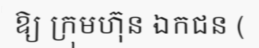
ឱ្យ ក្រុមហ៊ុន ឯកជន (